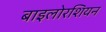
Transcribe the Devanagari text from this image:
बाइलोरशियन